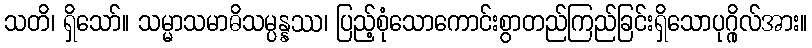
သတိ၊ ရှိသော်။ သမ္မာသမာဓိသမ္ပန္နဿ၊ ပြည့်စုံသောကောင်းစွာတည်ကြည်ခြင်းရှိသောပုဂ္ဂိုလ်အား။